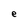
Character: e